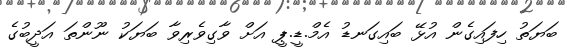
ބަޔަތު ހިފައިގެން އުޅޭ ބައިގަނޑު އެމް.ޑީ.ޕީ އަށް ވާގިވެރިވާ ބަޔަކު ނޫންތަ އަދީބުގެ